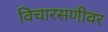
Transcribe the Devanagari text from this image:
विचारसणीवर